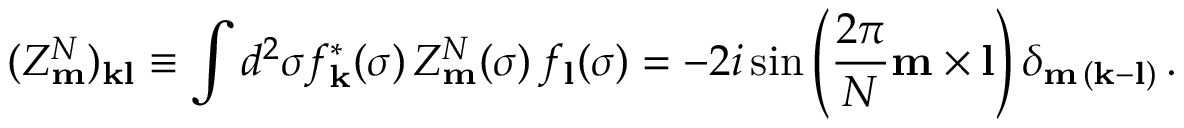
( Z _ { \bf m } ^ { N } ) _ { \bf k l } \equiv \int d ^ { 2 } \sigma f _ { \bf k } ^ { * } ( \sigma ) \, Z _ { \bf m } ^ { N } ( \sigma ) \, f _ { \bf l } ( \sigma ) = - 2 i \sin \left( \frac { 2 \pi } { N } { \bf m \times l } \right) \delta _ { { \bf m } \, ( { \bf k - l } ) } \, .